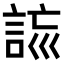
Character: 𧧮